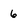
Character: 6